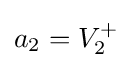
a_{2}=V_{2}^{+}